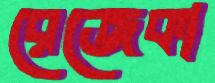
রেজেকা